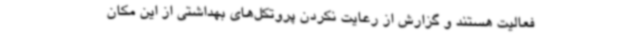
فعالیت هستند و گزارش از رعایت نکردن پروتکل‌های بهداشتی از این مکان